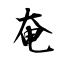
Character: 奄